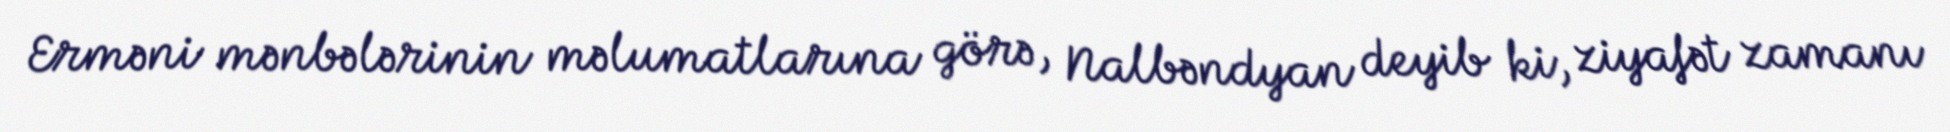
Erməni mənbələrinin məlumatlarına görə, Nalbəndyan deyib ki, ziyafət zamanı